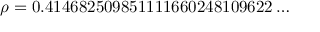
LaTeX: \rho = 0 . 4 1 4 6 8 2 5 0 9 8 5 1 1 1 1 6 6 0 2 4 8 1 0 9 6 2 2 \ldots